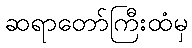
ဆရာတော်ကြီးထံမှ